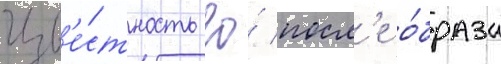
Изв'е́стность ео́ посл'е о́браза